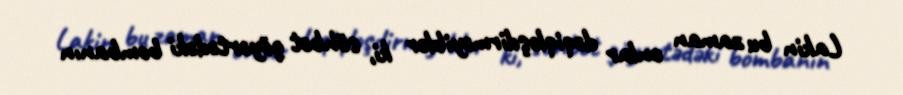
Lakin bu zaman onlar dəqiqləşdirməyiblər ki, söhbət göyərtədəki bombanın